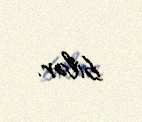
bilər.